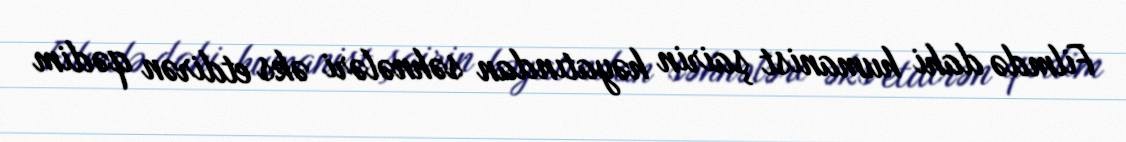
Filmdə dahi humanist şairin həyatından səhnələri əks etdirən qədim